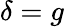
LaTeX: \delta=g